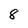
Character: 8